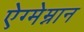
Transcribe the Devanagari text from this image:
ऐग्मेम्नान